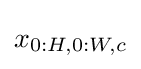
x_{0:H,0:W,c}